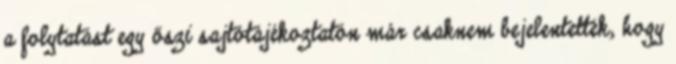
a folytatást egy őszi sajtótájékoztatón már csaknem bejelentették, hogy